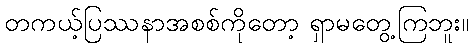
တကယ့်ပြဿနာအစစ်ကိုတော့ ရှာမတွေ့ကြဘူး။